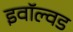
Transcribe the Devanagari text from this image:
इवॉल्वड